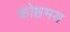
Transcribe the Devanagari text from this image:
कोष्ठमय